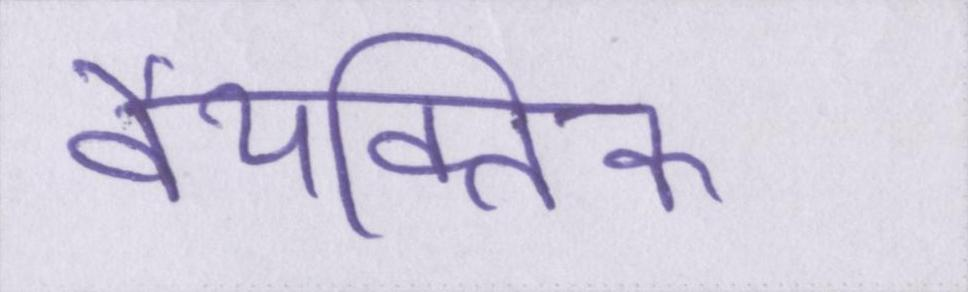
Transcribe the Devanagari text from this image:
वैयक्तिक